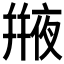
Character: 𠆕